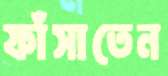
ফাঁসাতেন